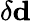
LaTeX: \delta{\mathbf d}